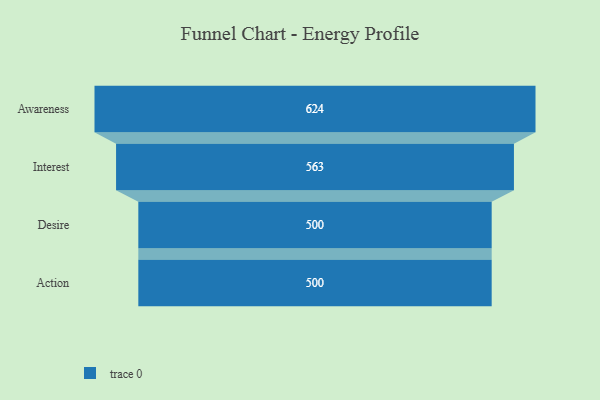
{"axis": {"x": "Stage", "y": "Value"}, "legend": [""], "data": [{"x": "Awareness", "y": 624.0, "type": ""}, {"x": "Interest", "y": 563.0, "type": ""}, {"x": "Desire", "y": 500, "type": ""}, {"x": "Action", "y": 500, "type": ""}]}